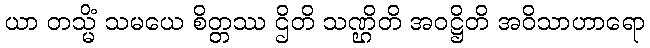
ယာ တသ္မိံ သမယေ စိတ္တဿ ဌိတိ သဏ္ဌိတိ အဝဋ္ဌိတိ အဝိသာဟာရော